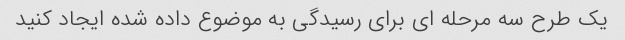
یک طرح سه مرحله ای برای رسیدگی به موضوع داده شده ایجاد کنید